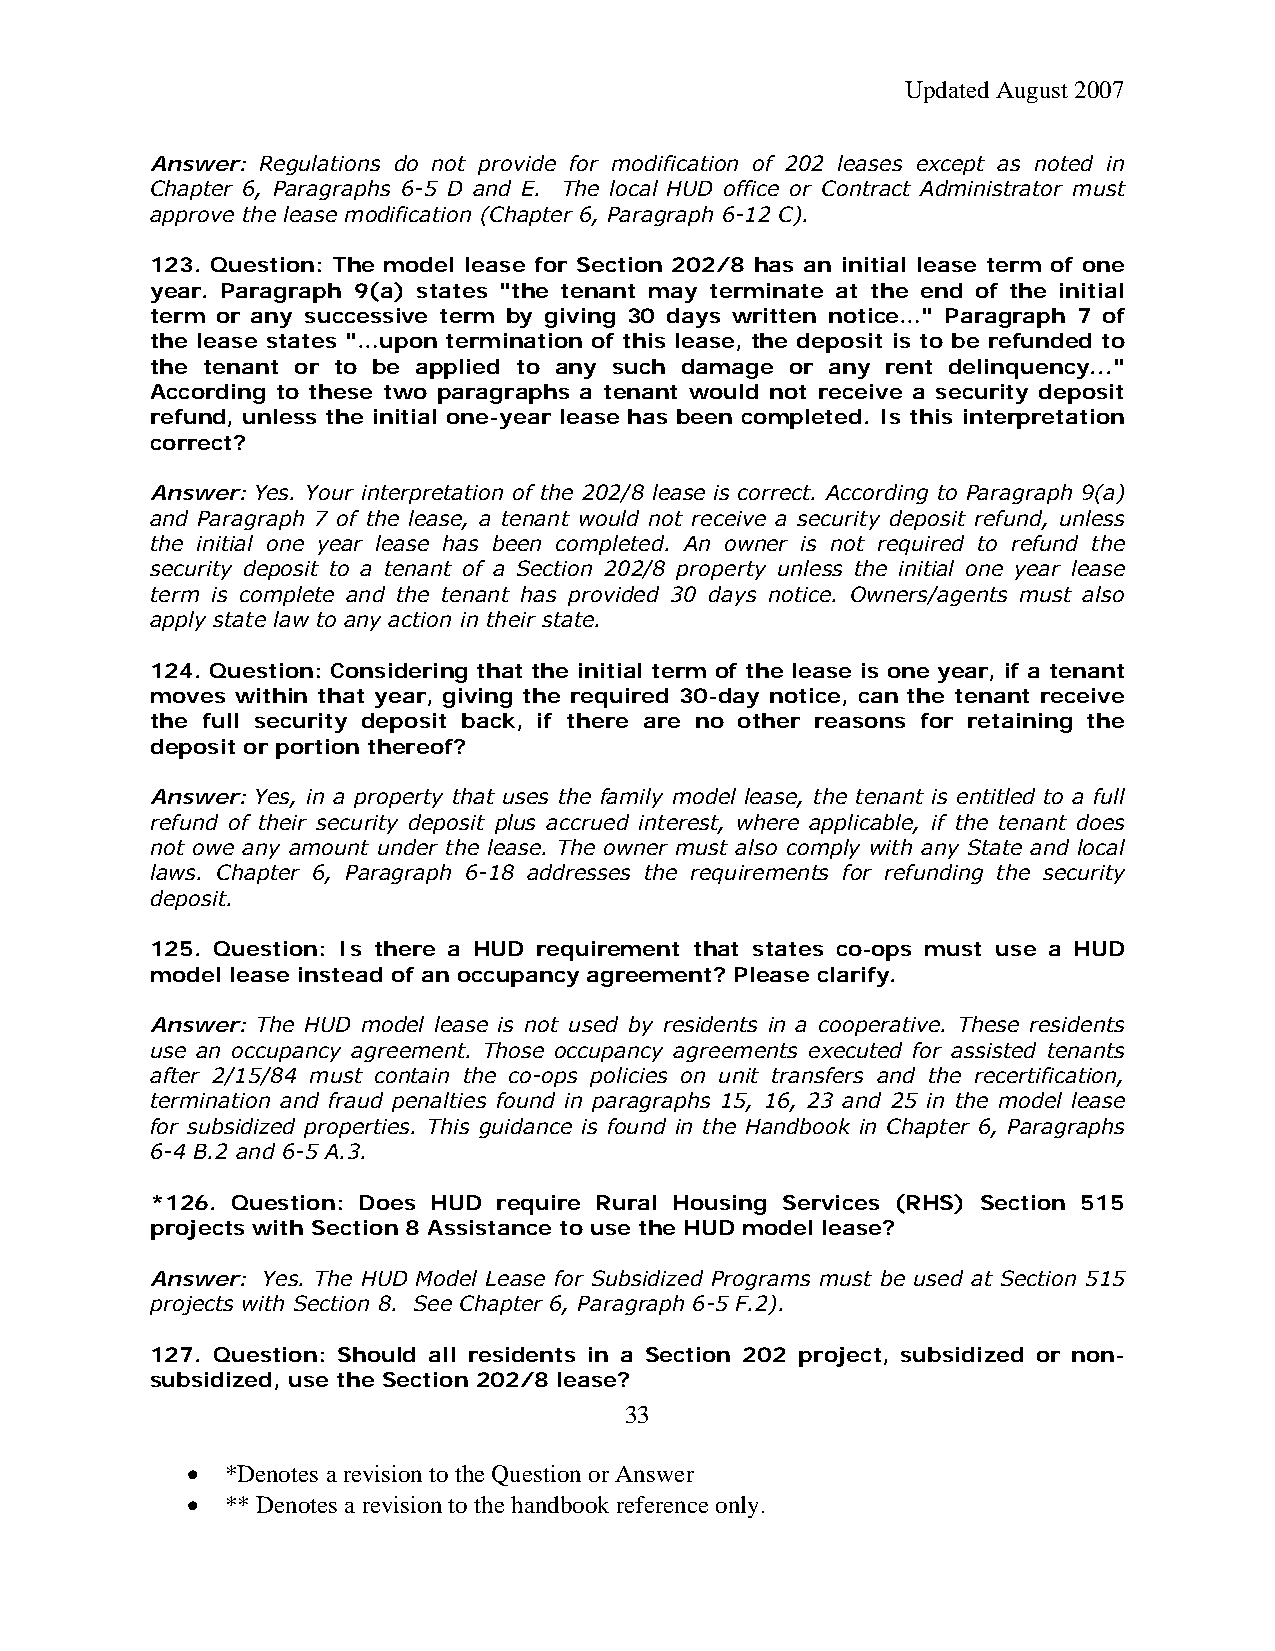
Updated August 2007
 Answer: Regulations do not provide for modification of 202 leases except as noted in
 Chapter 6, Paragraphs 6-5 D and E. The local HUD office or Contract Administrator must
 approve the lease modification (Chapter 6, Paragraph 6-12 C).
 123. Question: The model lease for Section 202/8 has an initial lease term of one
 year. Paragraph 9(a) states "the tenant may terminate at the end of the initial
 term or any successive term by giving 30 days written notice…" Paragraph 7 of
 the lease states "…upon termination of this lease, the deposit is to be refunded to
 the tenant or to be applied to any such damage or any rent delinquency..."
 According to these two paragraphs a tenant would not receive a security deposit
 refund, unless the initial one-year lease has been completed. Is this interpretation
 correct?
 Answer: Yes. Your interpretation of the 202/8 lease is correct. According to Paragraph 9(a)
 and Paragraph 7 of the lease, a tenant would not receive a security deposit refund, unless
 the initial one year lease has been completed. An owner is not required to refund the
 security deposit to a tenant of a Section 202/8 property unless the initial one year lease
 term is complete and the tenant has provided 30 days notice. Owners/agents must also
 apply state law to any action in their state.
 124. Question: Considering that the initial term of the lease is one year, if a tenant
 moves within that year, giving the required 30-day notice, can the tenant receive
 the full security deposit back, if there are no other reasons for retaining the
 deposit or portion thereof?
 Answer: Yes, in a property that uses the family model lease, the tenant is entitled to a full
 refund of their security deposit plus accrued interest, where applicable, if the tenant does
 not owe any amount under the lease. The owner must also comply with any State and local
 laws. Chapter 6, Paragraph 6-18 addresses the requirements for refunding the security
 deposit.
 125. Question: Is there a HUD requirement that states co-ops must use a HUD
 model lease instead of an occupancy agreement? Please clarify.
 Answer: The HUD model lease is not used by residents in a cooperative. These residents
 use an occupancy agreement. Those occupancy agreements executed for assisted tenants
 after 2/15/84 must contain the co-ops policies on unit transfers and the recertification,
 termination and fraud penalties found in paragraphs 15, 16, 23 and 25 in the model lease
 for subsidized properties. This guidance is found in the Handbook in Chapter 6, Paragraphs
 6-4 B.2 and 6-5 A.3.
 *126. Question: Does HUD require Rural Housing Services (RHS) Section 515
 projects with Section 8 Assistance to use the HUD model lease?
 Answer: Yes. The HUD Model Lease for Subsidized Programs must be used at Section 515
 projects with Section 8. See Chapter 6, Paragraph 6-5 F.2).
 127. Question: Should all residents in a Section 202 project, subsidized or non-
 subsidized, use the Section 202/8 lease?
 33
 •  *Denotes a revision to the Question or Answer
 •  ** Denotes a revision to the handbook reference only.